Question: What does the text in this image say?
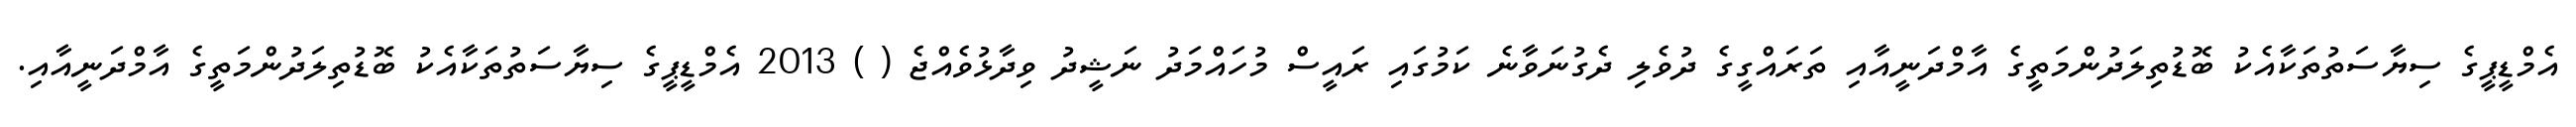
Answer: އެމްޑީޕީގެ ސިޔާސަތުތަކާއެކު ބޮޑުތިލަދުންމަތީގެ އާމްދަނީއާއި ތަރައްގީގެ ދުވެލި ދެގުނަވާނެ ކަމުގައި ރައީސް މުހައްމަދު ނަޝީދު ވިދާޅުވެއްޖެ ( ) 2013 އެމްޑީޕީގެ ސިޔާސަތުތަކާއެކު ބޮޑުތިލަދުންމަތީގެ އާމްދަނީއާއި.